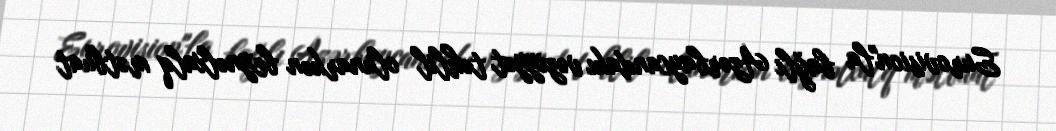
Eurovision"la bağlı Azərbaycandakı vəziyyət təhlil olunarkən beynəlxalq mətbuat